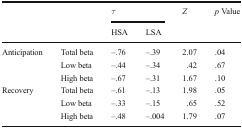
<table><thead><tr><td rowspan="2"></td><td rowspan="2"></td><td colspan="2"><b><i>τ</i></b></td><td rowspan="2"><b><i>Z</i></b></td><td rowspan="2"><b><i>p</i> Value</b></td></tr><tr><td><b>HSA</b></td><td><b>LSA</b></td></tr></thead><tbody><tr><td rowspan="3">Anticipation</td><td>Total beta</td><td>–.76</td><td>–.39</td><td>2.07</td><td>.04</td></tr><tr><td>Low beta</td><td>–.44</td><td>–.34</td><td>.42</td><td>.67</td></tr><tr><td>High beta</td><td>–.67</td><td>–.31</td><td>1.67</td><td>.10</td></tr><tr><td rowspan="3">Recovery</td><td>Total beta</td><td>–.61</td><td>–.13</td><td>1.98</td><td>.05</td></tr><tr><td>Low beta</td><td>–.33</td><td>–.15</td><td>.65</td><td>.52</td></tr><tr><td>High beta</td><td>–.48</td><td>–.004</td><td>1.79</td><td>.07</td></tr></tbody></table>